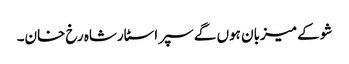
شو کے میزبان ہوں گے سپر اسٹارشاہ رخ خان۔